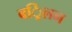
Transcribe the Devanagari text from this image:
बर्िलन